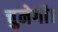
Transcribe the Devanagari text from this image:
चुनेगी।